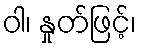
ဝါ၊ နှုတ်ဖြင့်၊